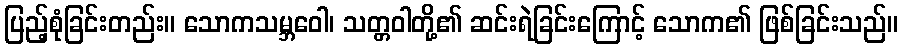
ပြည့်စုံခြင်းတည်း။ သောကသမ္ဘဝေါ၊ သတ္တဝါတို့၏ ဆင်းရဲခြင်းကြောင့် သောက၏ ဖြစ်ခြင်းသည်။